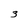
Character: 3